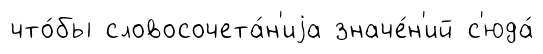
что́бы словосочета́н'иjа значе́н'ий с'юда́